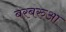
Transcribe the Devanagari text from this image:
बरबरुआ